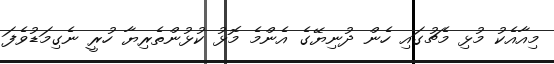
މިއާއެކު މުޅި މެޗުގައި ހެން ދުނިޔޭގެ އެންމެ މޮޅު ކުޅުންތެރިޔާ ހުރީ ނެގިމަޑުވެފަ